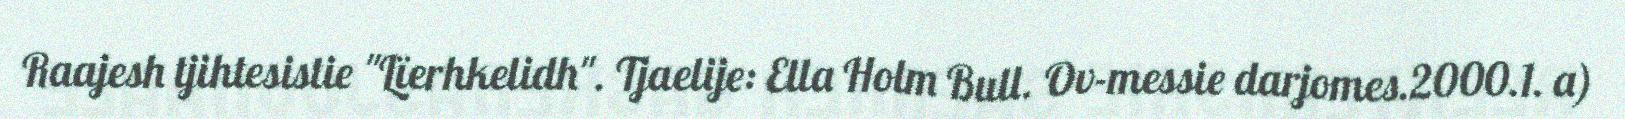
Raajesh tjihtesistie "Lïerhkelidh". Tjaelije: Ella Holm Bull. Ov-messie darjomes.2000.1. a)